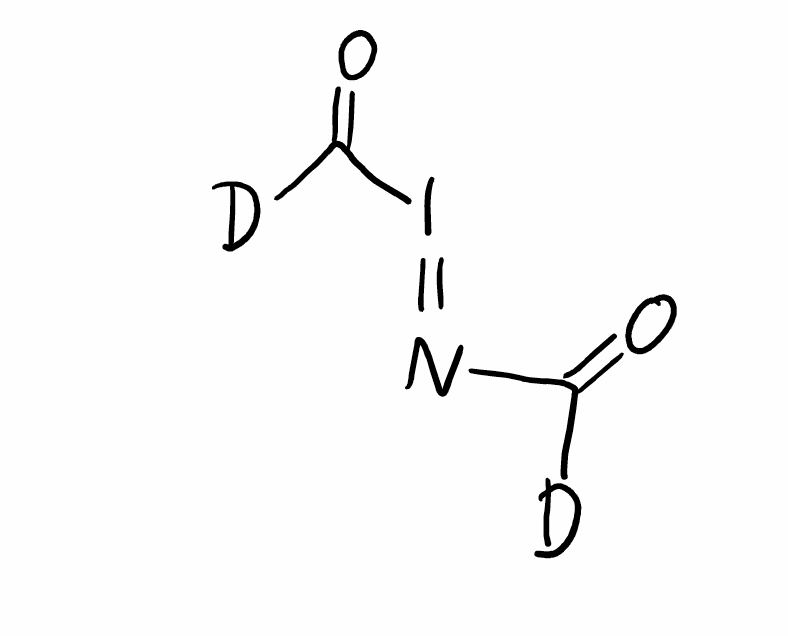
Simplified molecular-input line-entry system (SMILES) notation of the given molecule:
[2H]C(=O)N=IC(=O)[2H]